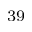
^ { 3 9 }